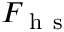
F _ { \mathrm { ~ h ~ s ~ } }